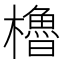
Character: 櫓